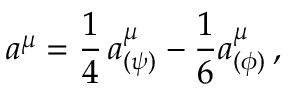
a ^ { \mu } = \frac { 1 } { 4 } \, a _ { ( \psi ) } ^ { \mu } - \frac { 1 } { 6 } a _ { ( \phi ) } ^ { \mu } \, ,